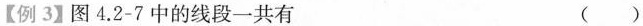
【例3】图4.2-7中的线段一共有 ( )